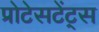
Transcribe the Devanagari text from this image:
प्रोटेसटेंट्स